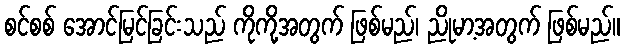
စင်စစ် အောင်မြင်ခြင်းသည် ကိုကို့အတွက် ဖြစ်မည်၊ ညိုမာ့အတွက် ဖြစ်မည်။